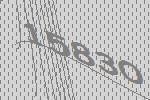
15830